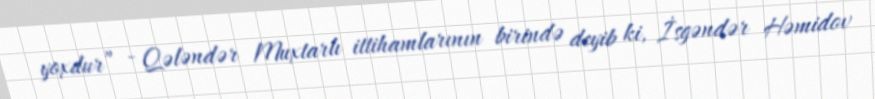
yoxdur” - Qələndər Muxtarlı ittihamlarının birində deyib ki, İsgəndər Həmidov